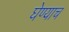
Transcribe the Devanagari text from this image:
घेण्याच